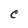
Character: C